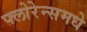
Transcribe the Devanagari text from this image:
फ्लोरेन्समधे